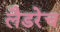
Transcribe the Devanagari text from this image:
लैडरेच